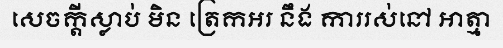
សេចក្តីស្លាប់ មិន ត្រេកអរ នឹង ការរស់នៅ អាត្មា